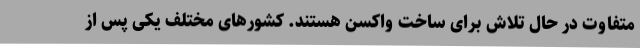
متفاوت در حال تلاش برای ساخت واکسن هستند. کشورهای مختلف یکی پس از